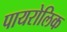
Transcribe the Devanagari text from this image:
पायरोलिक